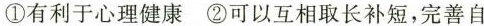
①有利于心理健康 ②可以互相取长补短，完善自